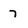
Character: 7